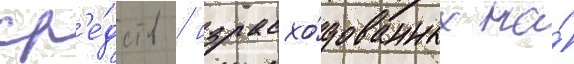
ср'е́дств / израсхо́дованных на́